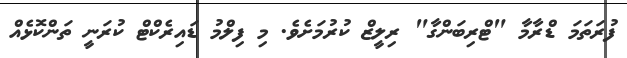
ފުރަތަމަ ޑްރާމާ "ޓްރިބަންގާ" ރިލީޒް ކުރުމަށެވެ. މި ފިލްމު ޑައިރެކްޓް ކުރަނީ ތަންކޮޅެއް